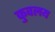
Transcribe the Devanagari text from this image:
कुवलय